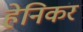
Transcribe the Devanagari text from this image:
हेनिकर